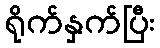
ရိုက်နှက်ပြီး